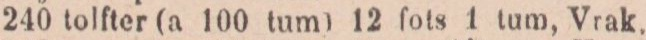
240 tolfter (a 100 tum) 12 fots 1 tum, Vrak.